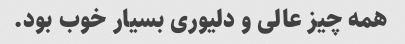
همه چیز عالی و دلیوری بسیار خوب بود.